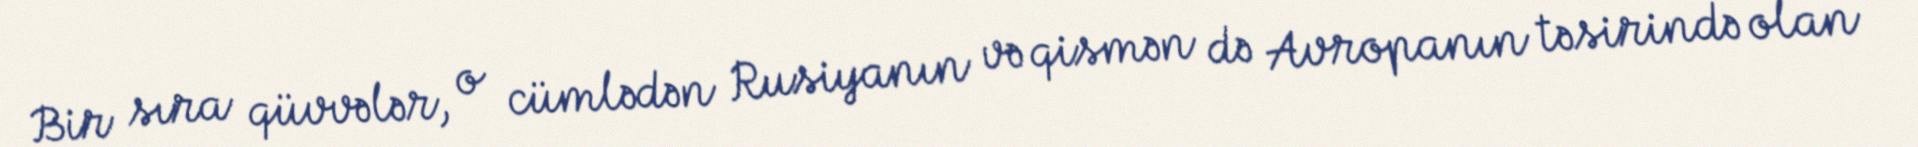
Bir sıra qüvvələr, o cümlədən Rusiyanın və qismən də Avropanın təsirində olan